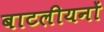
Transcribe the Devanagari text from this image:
बाटलीयनों